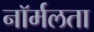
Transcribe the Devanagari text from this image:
नॉर्मलता